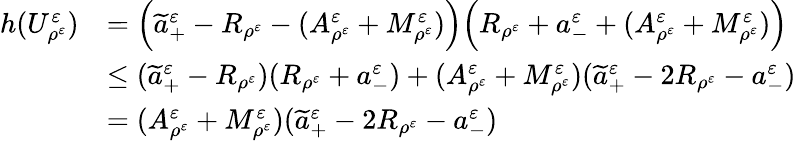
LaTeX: \begin{array}{rl}{h(U_{\rho^{\varepsilon}}^{\varepsilon})}&{=\Big(\widetilde a_{+}^{\varepsilon}-R_{\rho^{\varepsilon}}-(A_{\rho^{\varepsilon}}^{\varepsilon}+M_{\rho^{\varepsilon}}^{\varepsilon})\Big)\Big(R_{\rho^{\varepsilon}}+a_{-}^{\varepsilon}+(A_{\rho^{\varepsilon}}^{\varepsilon}+M_{\rho^{\varepsilon}}^{\varepsilon})\Big)}\\ &{\leq(\widetilde a_{+}^{\varepsilon}-R_{\rho^{\varepsilon}})(R_{\rho^{\varepsilon}}+a_{-}^{\varepsilon})+(A_{\rho^{\varepsilon}}^{\varepsilon}+M_{\rho^{\varepsilon}}^{\varepsilon})(\widetilde a_{+}^{\varepsilon}-2R_{\rho^{\varepsilon}}-a_{-}^{\varepsilon})}\\ &{=(A_{\rho^{\varepsilon}}^{\varepsilon}+M_{\rho^{\varepsilon}}^{\varepsilon})(\widetilde a_{+}^{\varepsilon}-2R_{\rho^{\varepsilon}}-a_{-}^{\varepsilon})}\end{array}